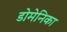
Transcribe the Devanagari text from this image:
डोमेनिका